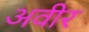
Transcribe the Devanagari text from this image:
अवीर